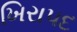
ખિરાપદ